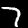
Digit: 7